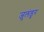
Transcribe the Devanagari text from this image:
जुलंडुर